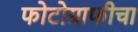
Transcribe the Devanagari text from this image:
फोटोग्राफीचा